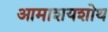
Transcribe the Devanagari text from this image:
आमाशयशोथ